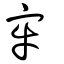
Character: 牢